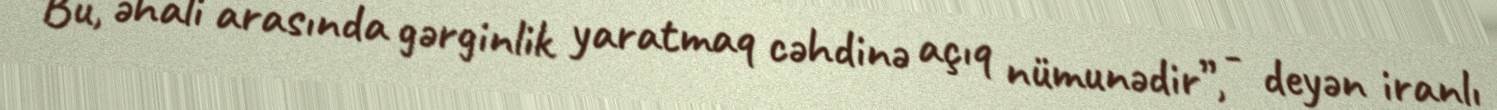
“Bu, əhali arasında gərginlik yaratmaq cəhdinə açıq nümunədir”, - deyən iranlı